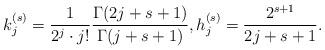
LaTeX: \begin{align*} k_j^{(s)} = \frac{1}{2^j \cdot j !} \frac{\Gamma(2 j+s + 1)}{\Gamma( j + s + 1)}, h_j^{(s)} = \frac{2^{s+1}}{2 j + s +1}. \end{align*}